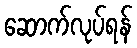
ဆောက်လုပ်ရန်